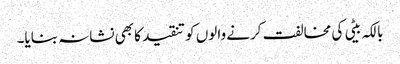
بالکہ بیٹی کی مخالفت کرنے والوں کو تنقید کا بھی نشانہ بنایا۔